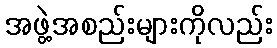
အဖွဲ့အစည်းများကိုလည်း